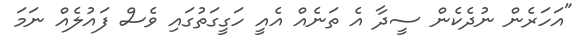
"އަހަރެން ނުދެކެން ސީދާ އެ ތަނެއް އެއީ ހަގީގަތުގައި ވެސް ފައުލެއް ނަމަ